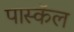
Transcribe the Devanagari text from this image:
पास्कॅल